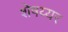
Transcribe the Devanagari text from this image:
शेषय्यर